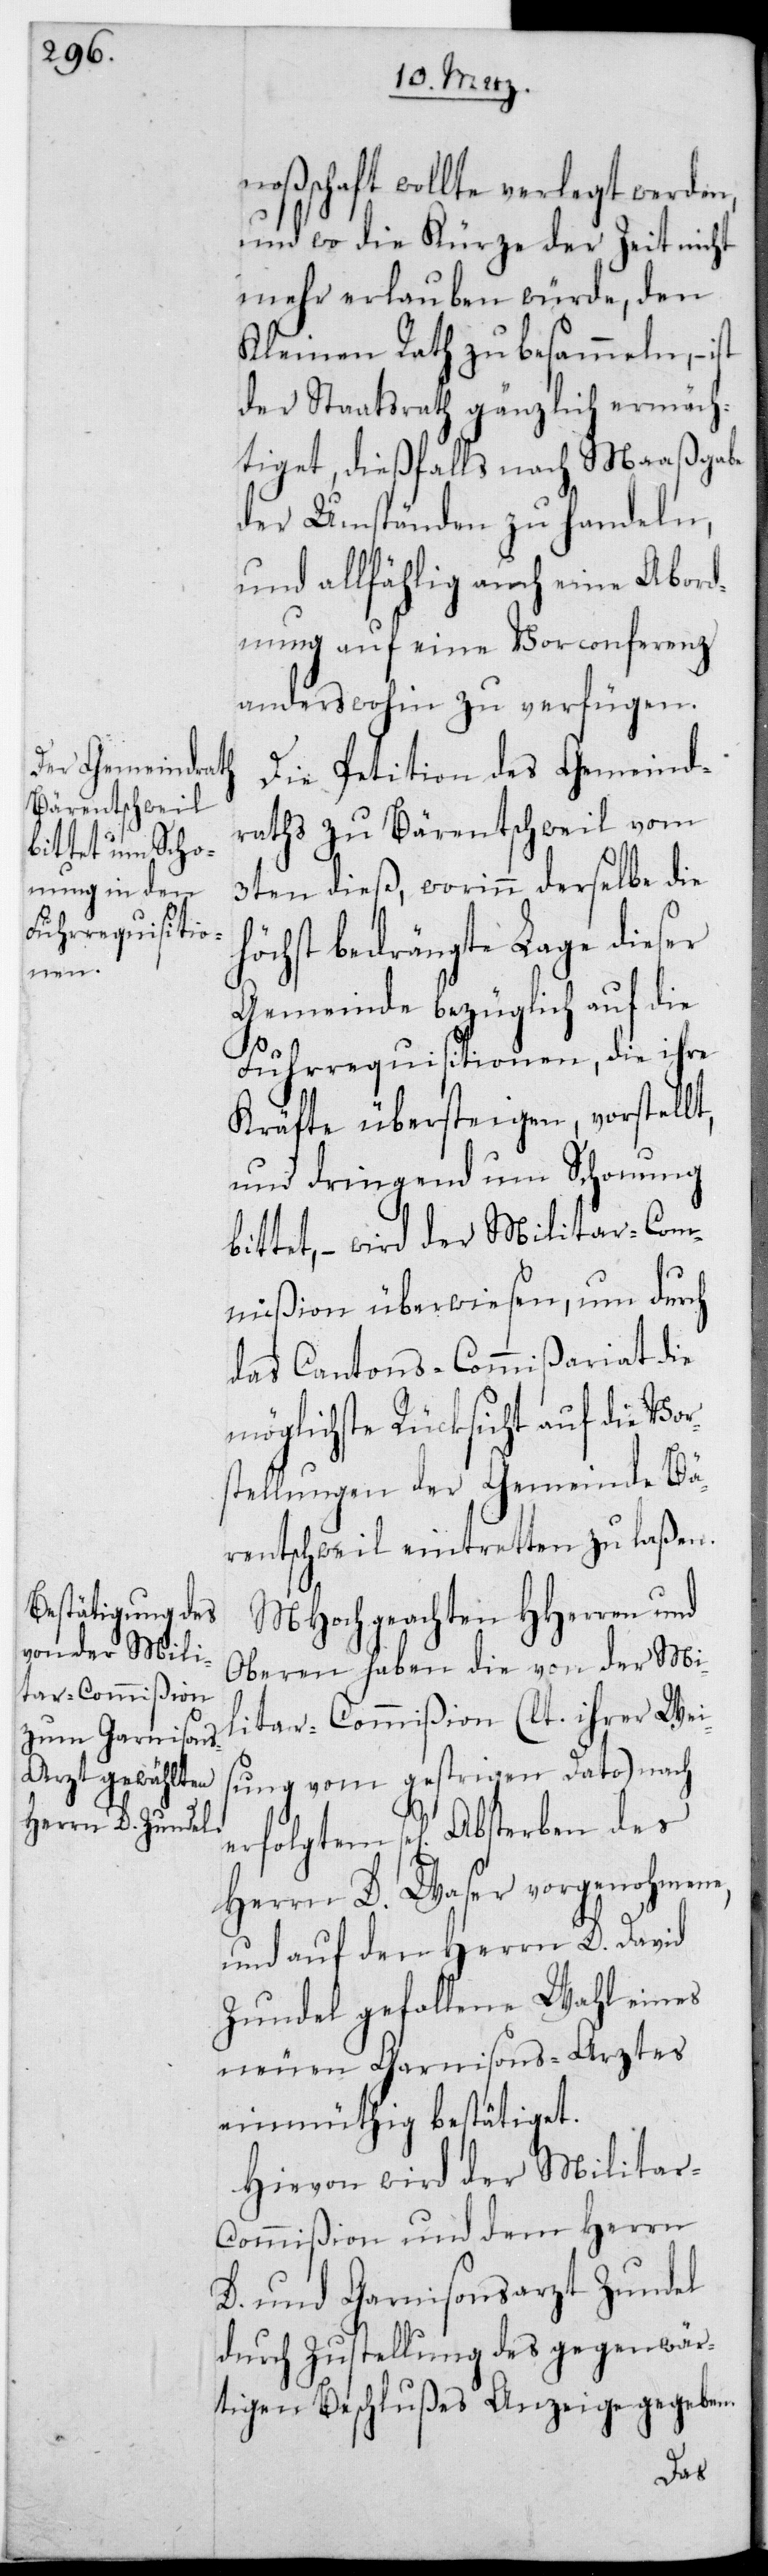
noßenschaft wollte verlegt werden,
und wo die Kürze der Zeit nicht
mehr erlauben würde, den
Kleinen Rath zu besammeln, – ist
der Staatsrath gänzlich ermäch¬
tiget, dießfalls nach Maaßgabe
der Umständen zu handeln,
und allfählig auch eine Abord¬
nung auf eine Vorconferenz
anders wohin zu verfügen.
Die Petition des Gemeind¬
raths zu Bärentschweil vom
3ten dieß, worinn derselbe die
höchst bedrängte Lage dieser
Gemeinde bezüglich auf die
Fuhrrequisitionen, die ihre
Kräfte übersteigen, vorstellt,
und dringend um Schonung
bittet, – wird der Militar-Com¬
mißion überwiesen, um durch
das Cantons-Commißariat die
möglichste Rücksicht auf die Vor¬
stellungen der Gemeinde Bä¬
rentschweil eintretten zu laßen.
MHochgeachten HHerren und
Oberen haben die von der Mi¬
litar-Commißion (lt. ihrer Wei¬
sung vom gestrigen Dato) nach
se[ligen] Absterben des
Herrn D. Waser vorgenohmene,
und auf den Herrn D. David
Zundel gefallene Wahl eines
neuen Garnisons-Arztes
einmüthig bestätiget.
Hievon wird der Milita¬
r-Commißion und dem Herrn
D. und Garnisonsarzt Zundel
durch Zustellung des gegenwär¬
tigen Beschlußes Anzeige gegeben.